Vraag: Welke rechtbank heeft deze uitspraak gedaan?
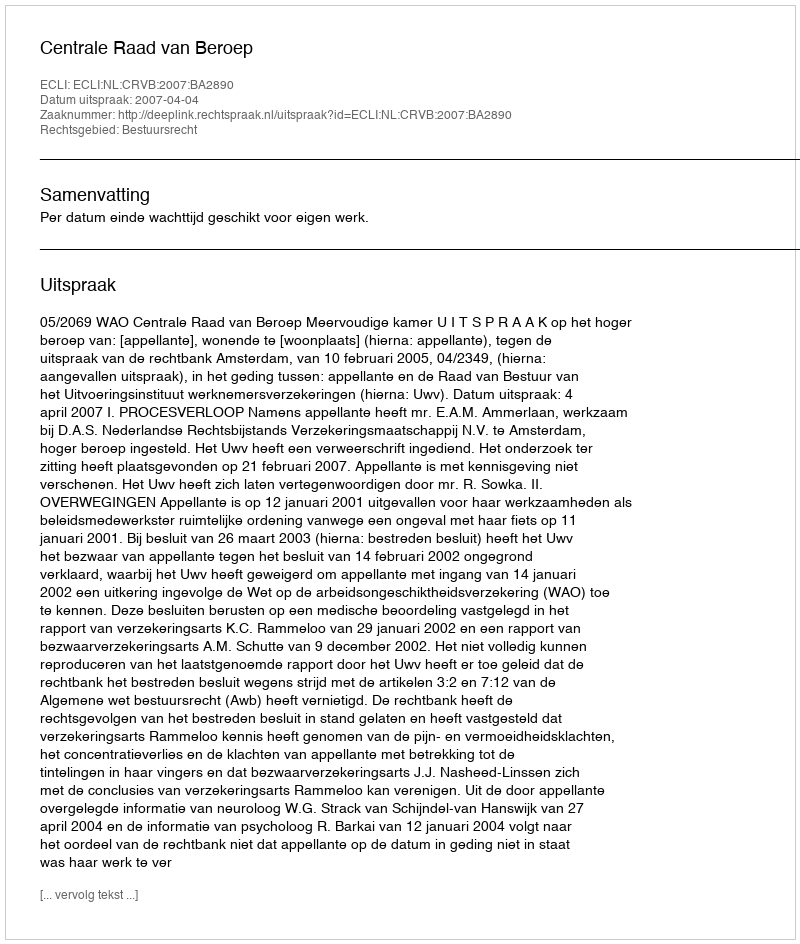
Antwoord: Centrale Raad van Beroep